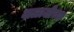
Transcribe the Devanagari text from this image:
बाळाजीच्या